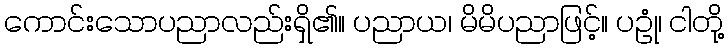
ကောင်းသောပညာလည်းရှိ၏။ ပညာယ၊ မိမိပညာဖြင့်။ ပဥုံ၊ ငါတို့